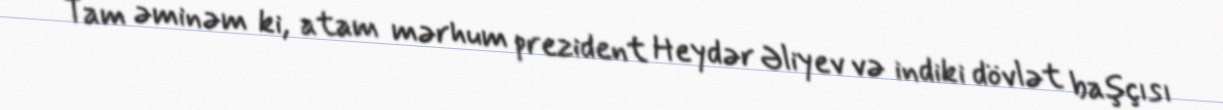
Tam əminəm ki, atam mərhum prezident Heydər Əliyev və indiki dövlət başçısı